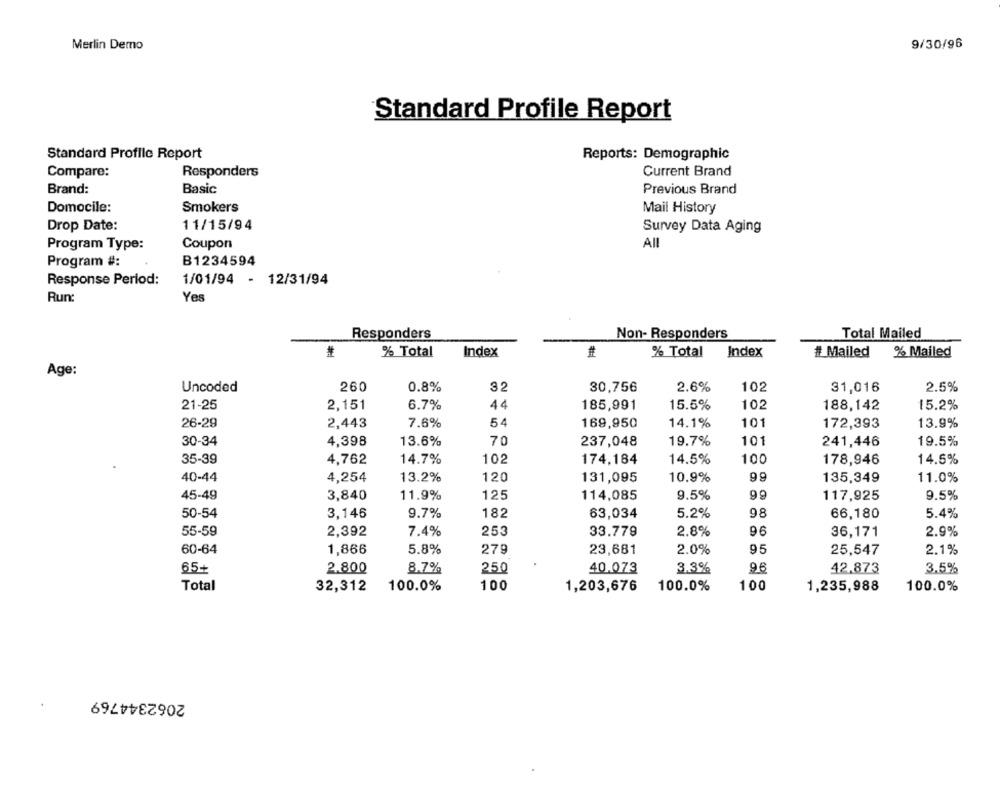
Merlin Demo
9/30/96
Standard Profile Report
Standard Profile Report
Reports: Demographic
Compare:
Responders
Current Brand
Brand:
Basic
Previous Brand
Domocile:
Smokers
Mail History
Drop Date:
11/15/94
Survey Data Aging
Program Type:
Coupon
All
B1234594
Program #:
Response Period:
1/01/94 - 12/31/94
Run:
Yes
Responders
Non- Responders
Total Mailed
% Total
Index
#
% Total
Index
# Mailed
% Mailed
Age:
Uncoded
260
0.8%
32
30,756
2.6%
102
31,016
2.5%
21-25
2,151
6.7%
44
185,991
15.5%
102
188,142
15.2%
26-29
2,443
7.6%
54
169,950
14.1%
101
172,393
13.9%
30-34
4,398
13.6%
70
237,048
19.7%
101
241,446
19.5%
35-39
4,762
14.7%
102
174,184
14.5%
100
178,946
14.5%
40-44
4,254
13.2%
120
131,095
10.9%
99
135,349
11.0%
45-49
3,840
11.9%
125
114,085
9.5%
99
117,925
9.5%
50-54
3,146
9.7%
182
63,034
5.2%
98
66,180
5.4%
55-59
2,392
7.4%
253
33.779
2.8%
96
36,171
2.9%
60-64
1,866
5.8%
279
23,681
2.0%
95
25,547
2.1%
65+
2.800
8.7%
250
40.073
3.3%
96
42.873
3.5%
100
100.0%
100
Total
32,312
100.0%
1,203,676
1,235,988
100.0%
2062344769